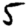
Digit: 5